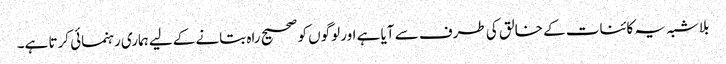
بلاشبہ یہ کائنات کے خالق کی طرف سے آیا ہے اور لوگوں کو صحیح راہ بتانے کےلیے ہماری رہنمائی کرتا ہے۔